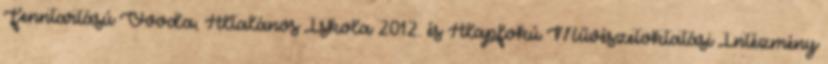
Fenntartású Óvoda, Általános Iskola 2012. és Alapfokú Művészetoktatási Intézmény